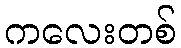
ကလေးတစ်